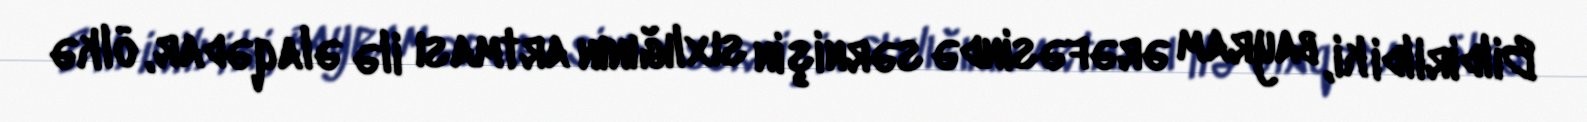
Bildirildi ki, bayram ərəfəsində sərnişin sıxlığının artması ilə əlaqədar, ölkə